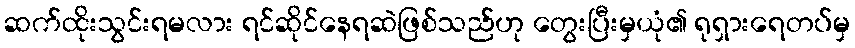
ဆက်ထိုးသွင်းရမလား ရင်ဆိုင်နေရဆဲဖြစ်သည်ဟု တွေးပြီးမှယုံ၏ ရုရှားရေတပ်မှ